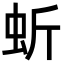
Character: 蚚